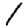
Digit: 1